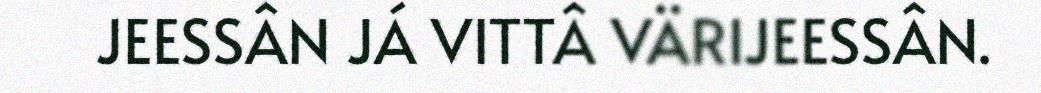
JEESSÂN JÁ VITTÂ VÄRIJEESSÂN.